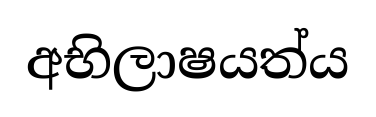
අභිලාෂයත්ය